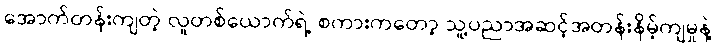
အောက်တန်းကျတဲ့ လူတစ်ယောက်ရဲ့ စကားကတော့ သူ့ပညာအဆင့်အတန်းနိမ့်ကျမှုနဲ့